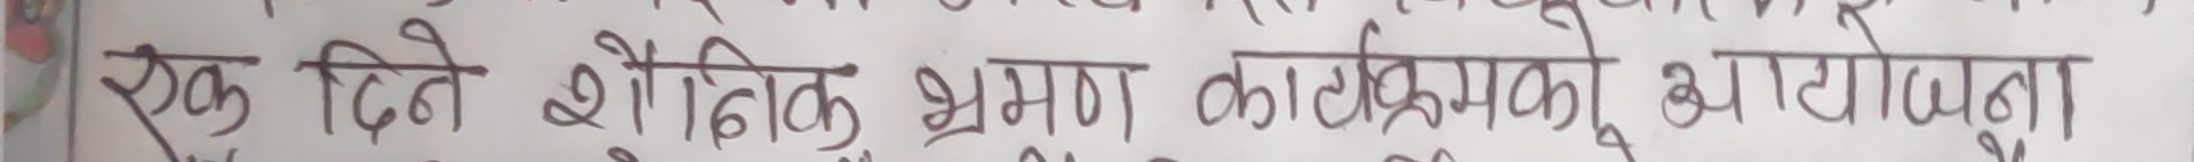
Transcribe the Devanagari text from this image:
एक दिने शैक्षिक भ्रमण कार्यक्रमको आयोजना